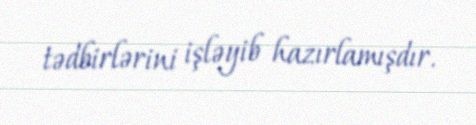
tədbirlərini işləyib hazırlamışdır.